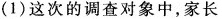
(1)这次的调查对象中，家长